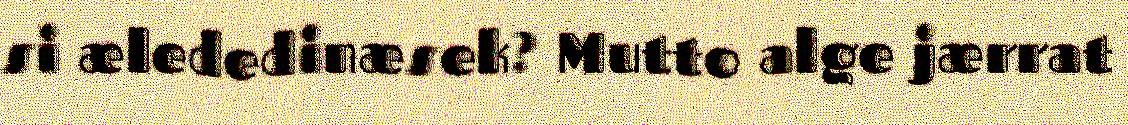
si ælededinæsek? Mutto alge jærrat